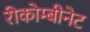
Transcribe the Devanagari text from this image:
रीकोम्बीनेट